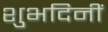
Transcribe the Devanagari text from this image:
शुभदिनीं